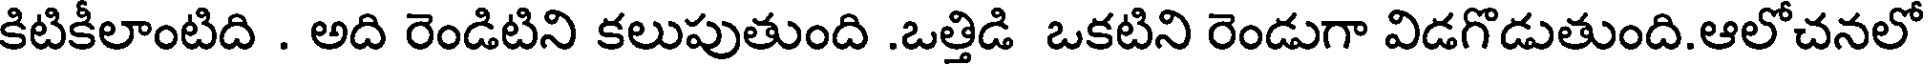
కిటికీలాంటిది . అది రెండిటిని కలుపుతుంది .ఒత్తిడి ఒకటిని రెండుగా విడగొడుతుంది.ఆలోచనలో